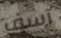
آسف